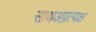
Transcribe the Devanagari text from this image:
साथअप्रत्यक्ष